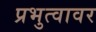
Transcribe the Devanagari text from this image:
प्रभुत्वावर